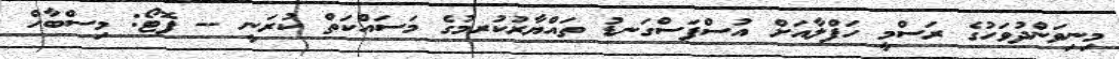
މިނިވަންދުވަހުގެ ރަސްމީ ހަފްލާއަށް އުސްފަސްގަނޑު ތައްޔާރުކުރމުގެ މަސައްކަތް ކުރަނީ -- ފޮޓޯ: މިސްބާހް